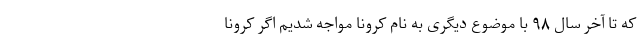
که تا آخر سال ۹۸ با موضوع دیگری به نام کرونا مواجه شدیم اگر کرونا